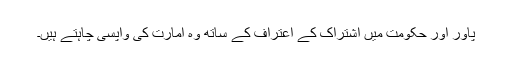
پاور اور حکومت میں اشتراک کے اعتراف کے ساتھ وہ امارت کی واپسی چاہتے ہیں۔